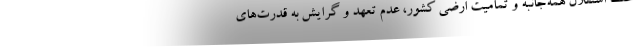
حفظ استقلال همه‌جانبه و تمامیت ارضی کشور، عدم تعهد و گرایش به قدرت‌های